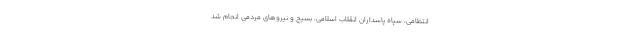
انتظامی، سپاه پاسداران انقلاب اسلامی، بسیج و نیروهای مردمی انجام شد